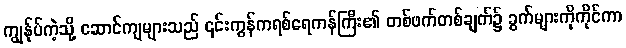
ကျွန်ုပ်ကဲ့သို့ ဆောင်ကျများသည် ၎င်းကွန်ကရစ်ရေကန်ကြီး၏ တစ်ဖက်တစ်ချက်၌ ခွက်များကိုကိုင်ကာ